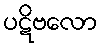
ပဋိဗလော